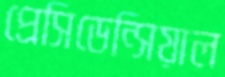
প্রেসিডেন্সিয়াল